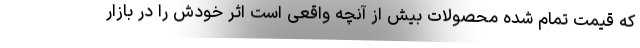
که قیمت تمام شده محصولات بیش از آنچه واقعی است اثر خودش را در بازار